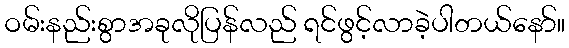
ဝမ်းနည်းစွာအခုလိုပြန်လည် ရင်ဖွင့်လာခဲ့ပါတယ်နော်။